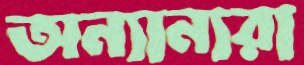
অন্যান্যরা